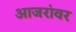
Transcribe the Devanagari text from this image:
आजरांवर